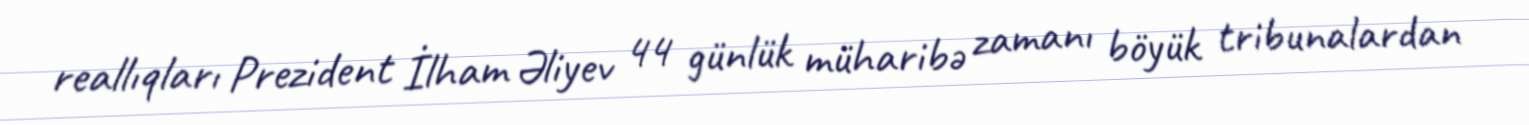
reallıqları Prezident İlham Əliyev 44 günlük müharibə zamanı böyük tribunalardan